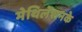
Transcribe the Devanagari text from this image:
मेथिलेशनके